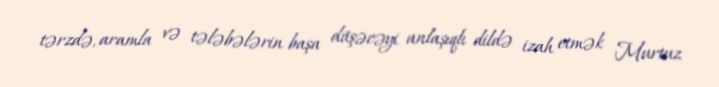
tərzdə, aramla və tələbələrin başa düşəcəyi anlaşıqlı dildə izah etmək Murtuz